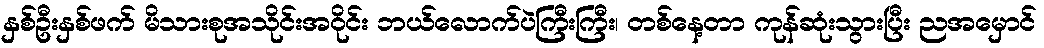
နှစ်ဦးနှစ်ဖက် မိသားစုအသိုင်းအဝိုင်း ဘယ်လောက်ပဲကြီးကြီး၊ တစ်နေ့တာ ကုန်ဆုံးသွားပြီး ညအမှောင်